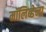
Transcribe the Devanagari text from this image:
मॉलिब्डेना